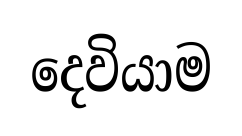
දෙවියාම